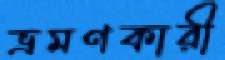
ভ্রমণকারী